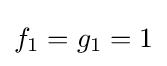
f_{1}=g_{1}=1